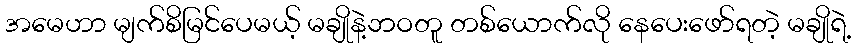
အမေဟာ မျက်စိမြင်ပေမယ့် မချိုနဲ့ဘဝတူ တစ်ယောက်လို နေပေးဖော်ရတဲ့ မချိုရဲ့